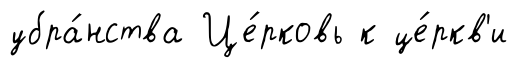
убра́нства Це́рковь к це́ркв'и